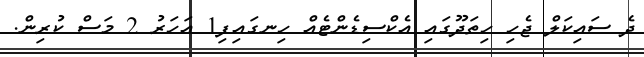
ދެ ސައިކަލް ޖެހި ހިތަދޫގައި އެކްސިޑެންޓެއް ހިނގައިފި1 އަހަރު 2 މަސް ކުރިން.